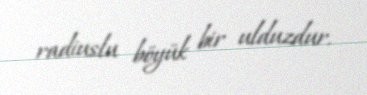
radiuslu böyük bir ulduzdur.